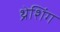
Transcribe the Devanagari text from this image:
थ्रेशिंग